Report on vaccination in the Province of Bengal - 1869-1873
Year: 1869
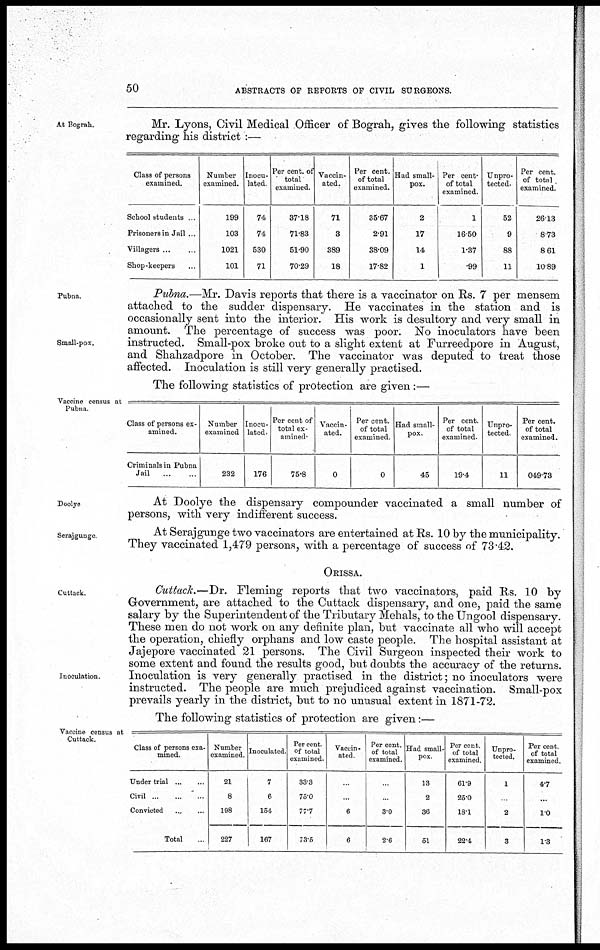
50
ABSTRACTS OF REPORTS OF CIVIL SURGEONS.
At Bograh.
Mr. Lyons, Civil Medical Officer of Bograh, gives the following statistics
regarding his district :—
Class of persons
examined.
School students .
Prisoners in Jail ...
Villagers ...
Shop-keepers...
Number
examined.
199
103
1021
101
Inocu-
lated
74
74
530
71
Per cent. of
total
examined.
37.18
71.83
51.90
70.29
Vaccin-
ated.
71
3
389
18
Per cent.
of total
examined.
35.67
2.91
38.09
17.82
Had small-
pox.
2
17
14
1
Per cent.
of total
examined.
1
16.50
1.37
.99
Unpro-
tected.
52
9
88
11
Per cent.
of total
examined.
26.13
8.73
8.61
10.89
Pubna.
Small-pox.
Pubna.—Mr. Davis reports that there is a vaccinator on Rs. 7 per mensem
attached to the sudder dispensary. He vaccinates in the station and is
occasionally sent into the interior. His work is desultory and very small in
amount. The percentage of success was poor. No inoculators have been
instructed. Small-pox broke out to a slight extent at Furreedpore in August,
and Shahzadpore in October. The vaccinator was deputed to treat those
affected. Inoculation is still very generally practised.
The following statistics of protection are given:—
Vaccine census at
Pubna
Class of persons ex-
amined.
Criminals in Pubna
Jail...
...
...
Number
examined
232
Inocu-
lated.
176
Per cent of
total ex-
amined-
75.8
Vaccin-
ated.
0
Per cent.
of total
examined.
0
Had small-
pox.
45
Per cent.
of total
examined.
19.4
Unpro-
tected.
11
Per cent.
of total
examined.
049.73
Doolye
At Doolye the dispensary compounder vaccinated a small number of
persons, with very indifferent success.
Serajgunge
At Serajgunge two vaccinators are entertained at Rs. 10 by the municipality.
They vaccinated 1,479 persons, with a percentage of success of 73.42.
ORISSA.
Cuttack.
Inoculation.
Cuttack.—Dr. Fleming reports that two vaccinators, paid Rs. 10 by
Government, are attached to the Cuttack dispensary, and one, paid the same
salary by the Superintendent of the Tributary Mehals, to the Ungool dispensary.
These men do not work on any definite plan, but vaccinate all who will accept
the operation, chiefly orphans and low caste people. The hospital assistant at
Jajepore vaccinated 21 persons. The Civil Surgeon inspected their work to
some extent and found the results good, but doubts the accuracy of the returns.
Inoculation is very generally practised in the district; no inoculators were
instructed. The people are much prejudiced against vaccination. Small-pox
prevails yearly in the district, but to no unusual extent in 1871-72.
The following statistics of protection are given:—
Vaccine census at
Cuttack.
Class of persons exa-
mined.
Under trial... ... ...
Civil... ... ... ...
Convicted... ... ... ...
Total..
Number
examined.
21
8
198
227
Inoculated
7
6
154
167
Per cent.
of total
examined.
33.3
75.0
77.7
73.5
Vaccin-
ated.
..
...
6
6
Per cent.
of total
examined.
.
...
3.0
2.6
Had small-
pox.
13
2
36
51
Per cent.
of total
examined.
61.9
25.0
18.1
22.4
Unpro-
tected.
1
.
2
3
Per cent.
of total
examined
4.7
...
1.0
1.3